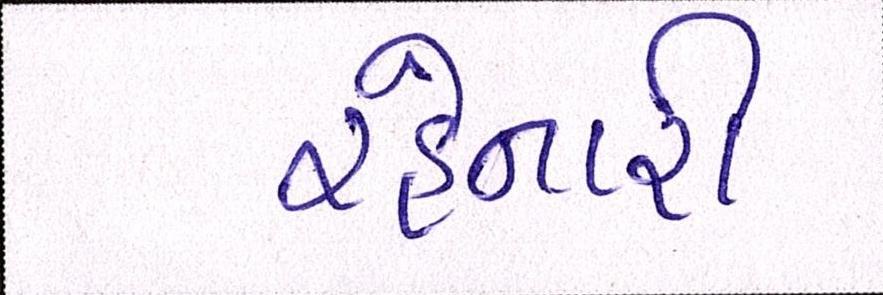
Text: રહેનારી